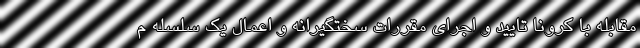
مقابله با کرونا تایید و اجرای مقررات سختگیرانه و اعمال یک سلسله م